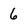
Character: 6